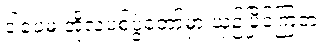
ဒါပေမဲ့ အိုလံပစ်ပွဲတော်မှာ ယှဉ်ပြိုင်ကြတဲ့